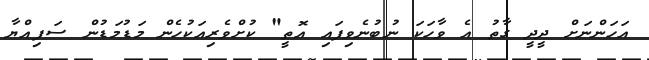
އަހަންނަށް ދީދީ ގާތު އެ ވާހަކަ ނުބުނެވިފައި އޮތީ" ކުށްވެރިއަކުހެން މަޑުމަޑުން ސަފިއްޔާ